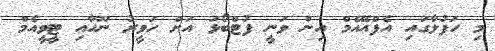
މި ހަފުލާގައި އެފްއޭއެމް އިން ވަނީ ފުޓްބޯޅަ އަށް ހަވީރު ނޫހާއި ޓީވީއެމް